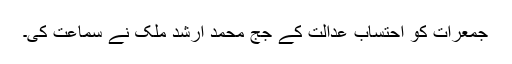
جمعرات کو احتساب عدالت کے جج محمد ارشد ملک نے سماعت کی۔